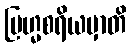
ဗြဟ္မစရိယမှာတိ